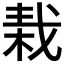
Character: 𣒭